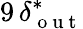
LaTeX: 9\, \delta_{\mathrm{~o~u~t~}}^{*}